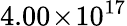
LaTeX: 4.00\! \times\! 10^{17}